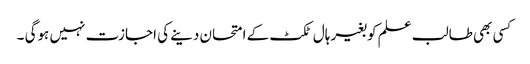
کسی بھی طالب علم کو بغیر ہال ٹکٹ کے امتحان دینے کی اجازت نہیں ہوگی ۔